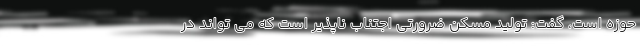
حوزه است، گفت: تولید مسکن ضرورتی اجتناب ناپذیر است که می تواند در